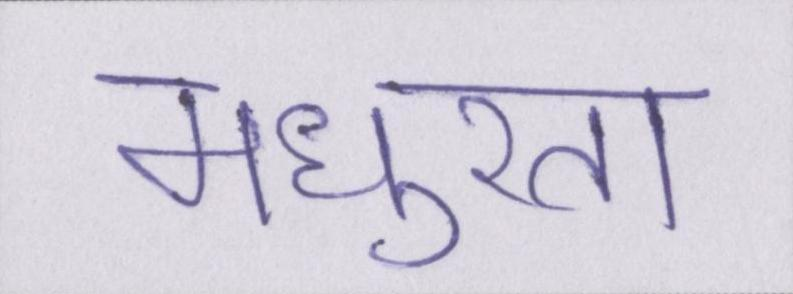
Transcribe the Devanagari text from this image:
मधुरता